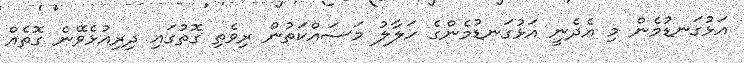
އަޅުގަނޑުމެން މި އެދެނީ އަޅުގަނޑުމެންގެ ހަލާލު މަސައްކަތުން ރިވެތި ގޮތުގައި ދިރިއުޅެވޭނެ ގޮތެއް